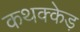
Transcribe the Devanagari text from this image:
कथक्केड़